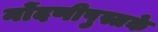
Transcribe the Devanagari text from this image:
नोंदणीपुस्तके